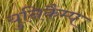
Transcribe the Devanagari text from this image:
युनिकैम्प